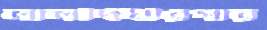
লালদিঘীরপার